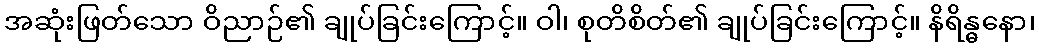
အဆုံးဖြတ်သော ဝိညာဉ်၏ ချုပ်ခြင်းကြောင့်။ ဝါ၊ စုတိစိတ်၏ ချုပ်ခြင်းကြောင့်။ နိရိန္ဓနော၊